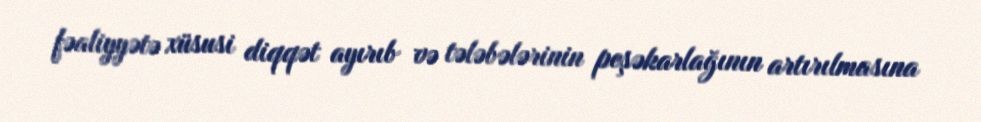
fəaliyyətə xüsusi diqqət ayırıb və tələbələrinin peşəkarlağının artırılmasına